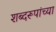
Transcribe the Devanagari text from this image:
शब्दरूपांच्या